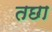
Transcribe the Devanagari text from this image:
तछा